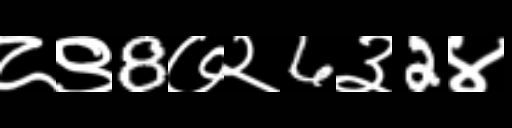
Text: ८९8७२6३2४